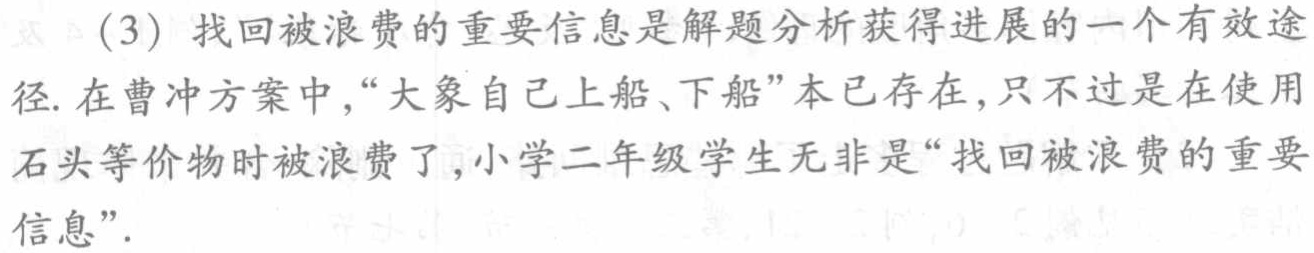
(3) 找回被浪费的重要信息是解题分析获得进展的一个有效途径. 在曹冲方案中,“大象自己上船、下船”本已存在, 只不过是在使用石头等价物时被浪费了,小学二年级学生无非是“找回被浪费的重要信息”.